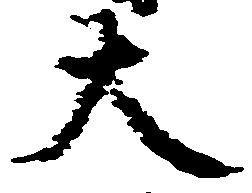
大